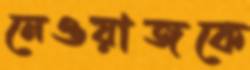
নেওয়াজকে